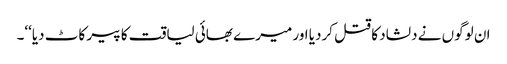
ان لوگوں نے دلشاد کا قتل کردیا اور میرے بھائی لیاقت کا پیر کاٹ دیا‘‘۔